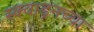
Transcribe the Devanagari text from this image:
स्क्वाड्रनच्या